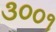
૩૦૦૧